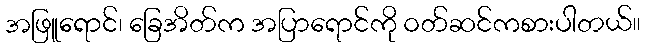
အဖြူရောင်၊ ခြေအိတ်က အပြာရောင်ကို ဝတ်ဆင်ကစားပါတယ်။